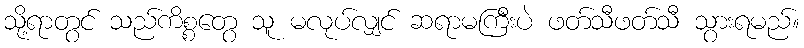
သို့ရာတွင် သည်ကိစ္စတွေ သူ မလုပ်လျှင် ဆရာမကြီးပဲ ဖတ်သီဖတ်သီ သွားရမည်။